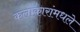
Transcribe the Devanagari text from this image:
कलाकारांमधले